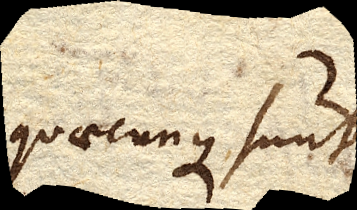
quaecunque sunt